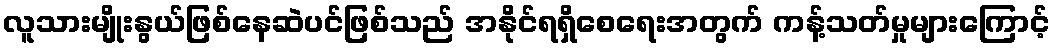
လူသားမျိုးနွယ်ဖြစ်နေဆဲပင်ဖြစ်သည် အနိုင်ရရှိစေရေးအတွက် ကန့်သတ်မှုများကြောင့်